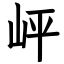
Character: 岼